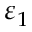
\varepsilon _ { 1 }